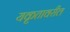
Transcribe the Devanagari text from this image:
यकृतावरील